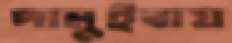
পামুইবায